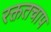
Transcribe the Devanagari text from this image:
रक्ततचाप